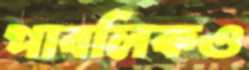
পাবলিকও